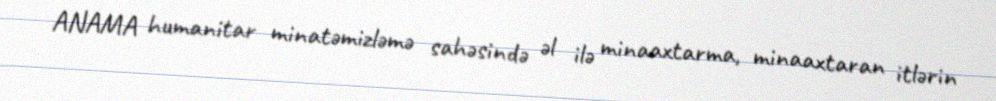
ANAMA humanitar minatəmizləmə sahəsində əl ilə minaaxtarma, minaaxtaran itlərin